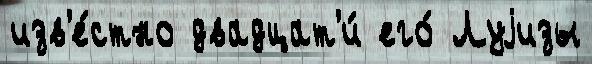
изв'е́стно двадцат'и́ его́ Луjизы